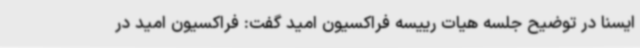
ایسنا در توضیح جلسه هیات رییسه فراکسیون امید گفت: فراکسیون امید در